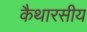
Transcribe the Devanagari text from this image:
कैथारसीय